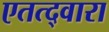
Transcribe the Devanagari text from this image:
एतत्द्वारा